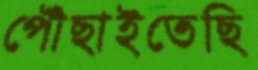
পৌঁছাইতেছি